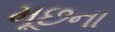
મૂછના